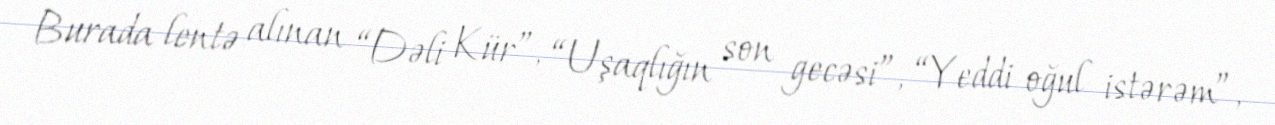
Burada lentə alınan “Dəli Kür”, “Uşaqlığın son gecəsi”, “Yeddi oğul istərəm”,